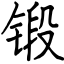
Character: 锻